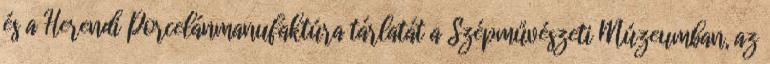
és a Herendi Porcelánmanufaktúra tárlatát a Szépművészeti Múzeumban, az